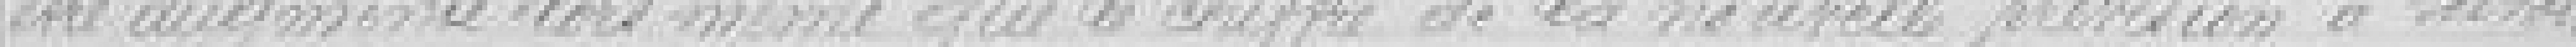
être augmenté alors même que le chiffre de la nouvelle prévision à savoir